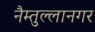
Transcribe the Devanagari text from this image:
नैम्तुल्लानगर